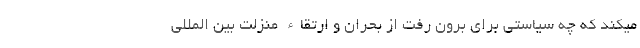
میکند که چه سیاستی برای برون رفت از بحران و ارتقاء منزلت بین المللی